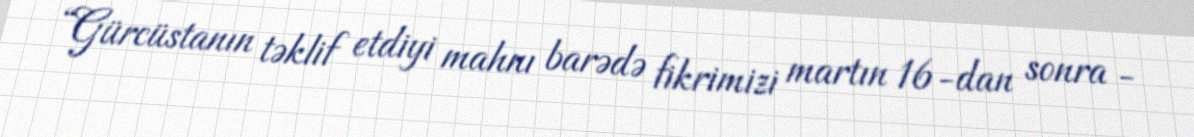
“Gürcüstanın təklif etdiyi mahnı barədə fikrimizi martın 16-dan sonra -